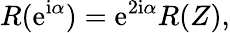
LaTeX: R({\mathrm{e}}^{{\mathrm{i}}\alpha})={\mathrm{e}}^{2{\mathrm{i}}\alpha}R(Z),